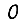
Digit: 0